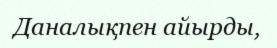
Даналықпен айырды,